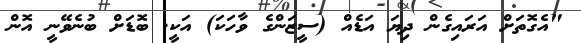
"އެގޮތަށް އަރައިގެން ދިޔަ އަޑެއް (ސީޒަންގެ ވާހަކަ) އަކީ. ބޮޑަށް ބުނެވޭނީ އޮން